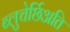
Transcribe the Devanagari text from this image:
ब्लुचेर्छिअति